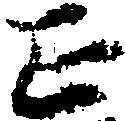
正